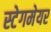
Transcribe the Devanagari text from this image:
स्टेगमेयर